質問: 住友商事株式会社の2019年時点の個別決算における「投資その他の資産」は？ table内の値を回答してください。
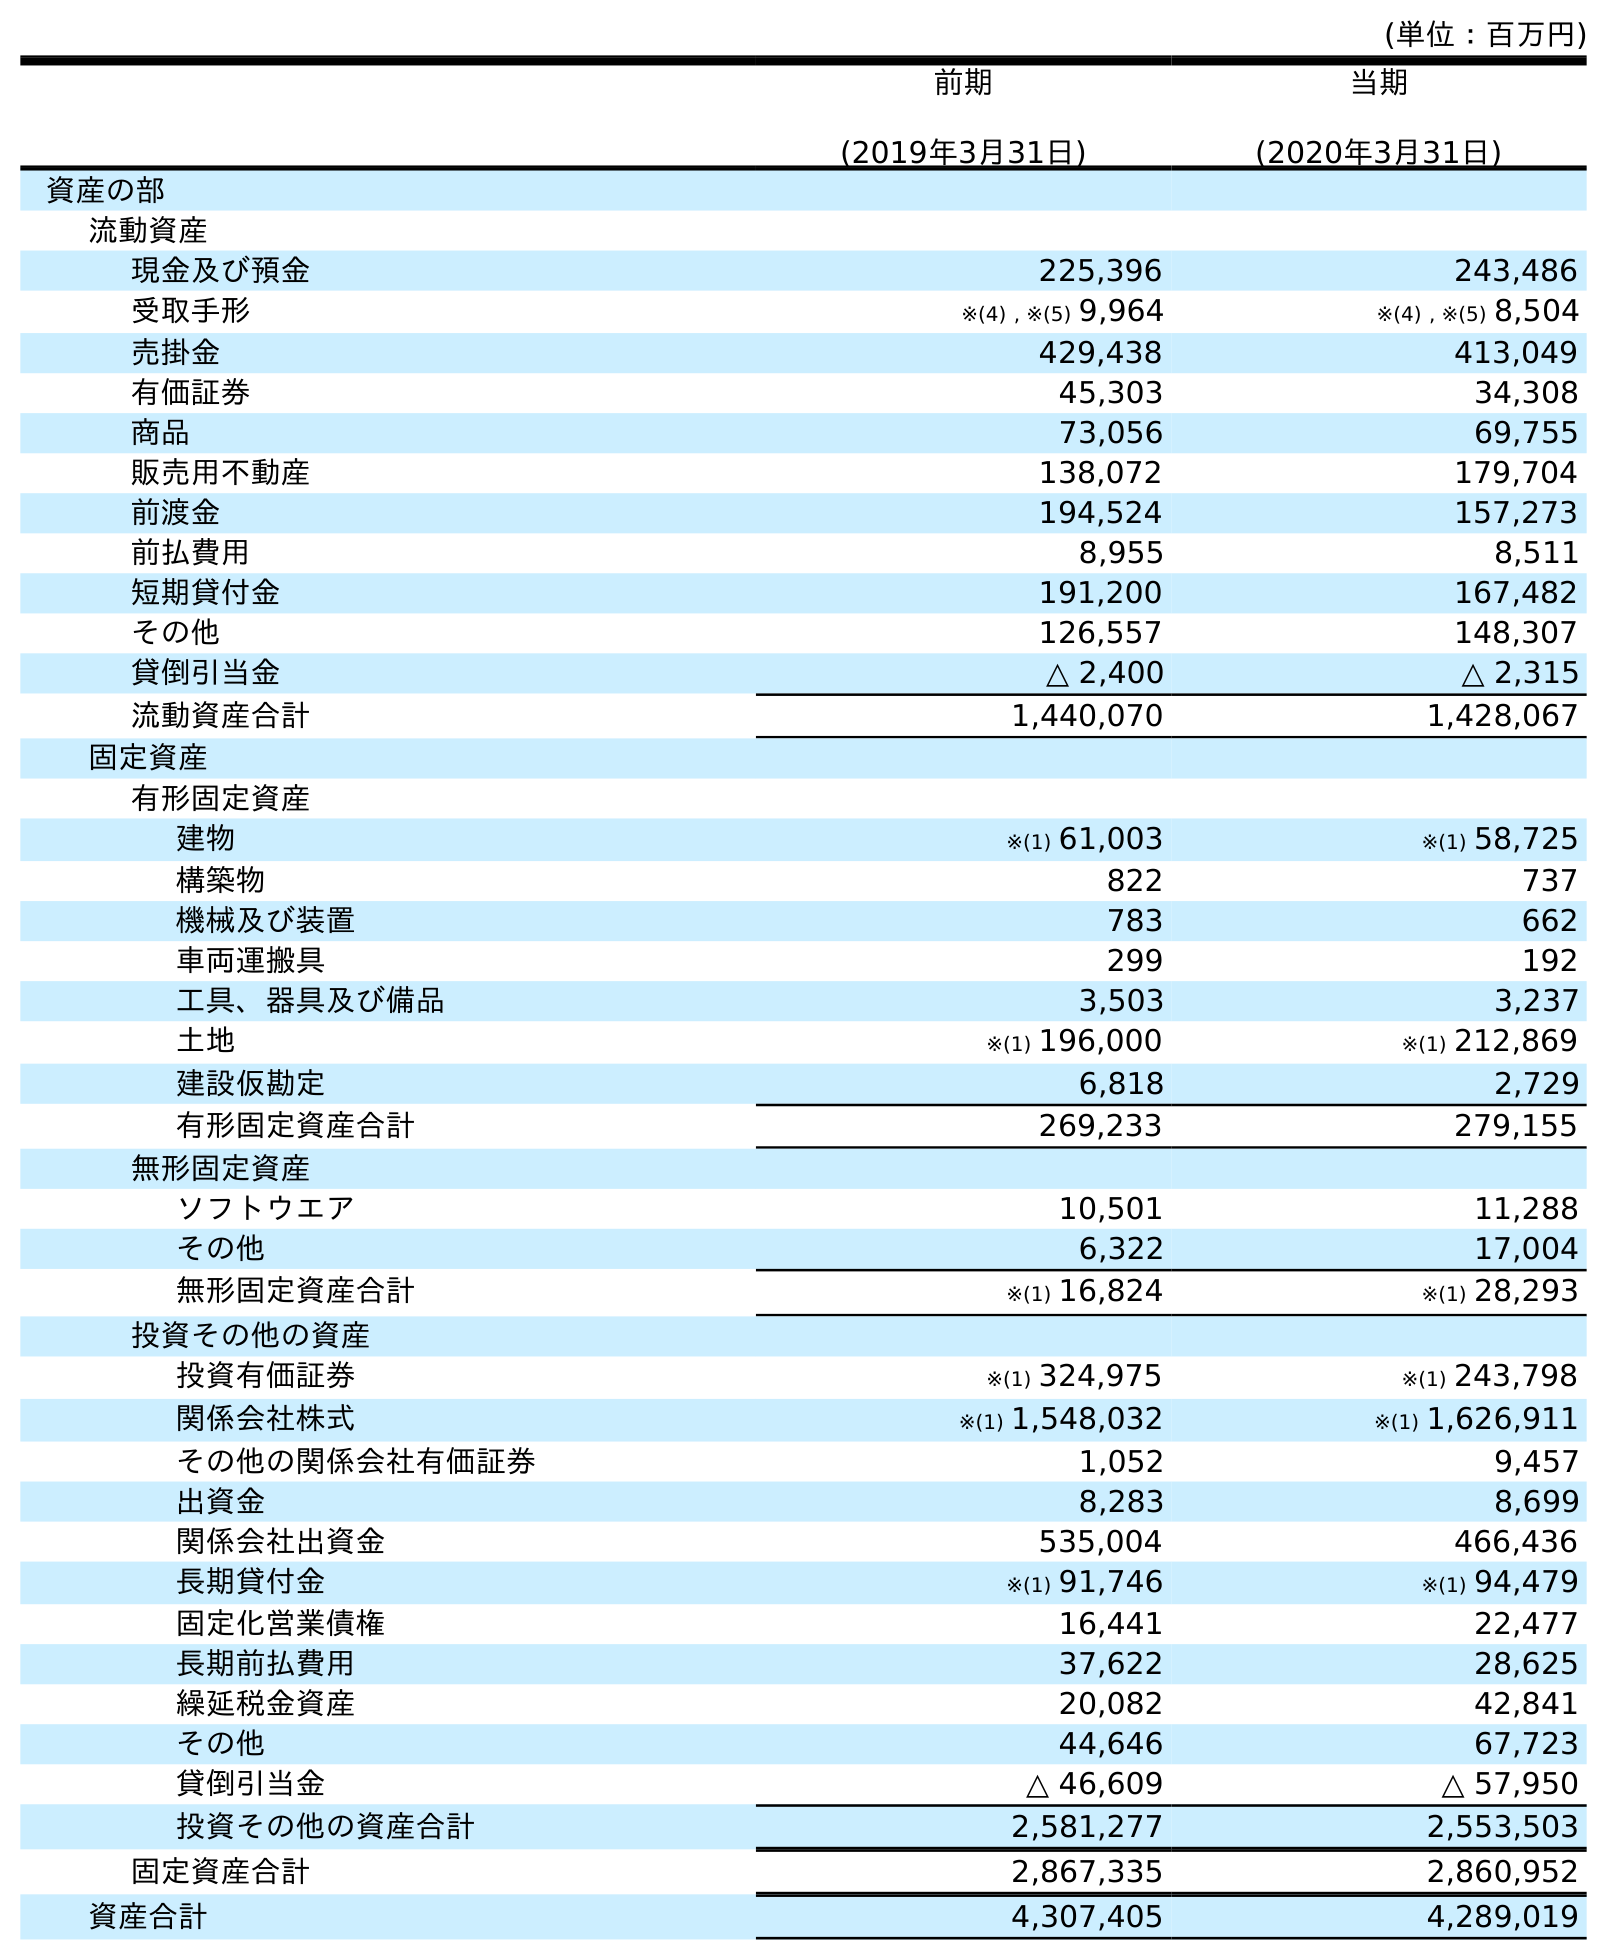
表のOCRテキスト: (単位：百万円) 前期 (2019年3月31日) 当期 (2020年3月31日) 資産の部 流動資産 現金及び預金 225,396 243,486 受取手形 ※(4) , ※(5) 9,964 ※(4) , ※(5) 8,504 売掛金 429,438 413,049 有価証券 45,303 34,308 商品 73,056 69,755 販売用不動産 138,072 179,704 前渡金 194,524 157,273 前払費用 8,955 8,511 短期貸付金 191,200 167,482 その他 126,557 148,307 貸倒引当金 △ 2,400 △ 2,315 流動資産合計 1,440,070 1,428,067 固定資産 有形固定資産 建物 ※(1) 61,003 ※(1) 58,725 構築物 822 737 機械及び装置 783 662 車両運搬具 299 192 工具、器具及び備品 3,503 3,237 土地 ※(1) 196,000 ※(1) 212,869 建設仮勘定 6,818 2,729 有形固定資産合計 269,233 279,155 無形固定資産 ソフトウエア 10,501 11,288 その他 6,322 17,004 無形固定資産合計 ※(1) 16,824 ※(1) 28,293 投資その他の資産 投資有価証券 ※(1) 324,975 ※(1) 243,798 関係会社株式 ※(1) 1,548,032 ※(1) 1,626,911 その他の関係会社有価証券 1,052 9,457 出資金 8,283 8,699 関係会社出資金 535,004 466,436 長期貸付金 ※(1) 91,746 ※(1) 94,479 固定化営業債権 16,441 22,477 長期前払費用 37,622 28,625 繰延税金資産 20,082 42,841 その他 44,646 67,723 貸倒引当金 △ 46,609 △ 57,950 投資その他の資産合計 2,581,277 2,553,503 固定資産合計 2,867,335 2,860,952 資産合計 4,307,405 4,289,019
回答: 2,581,277